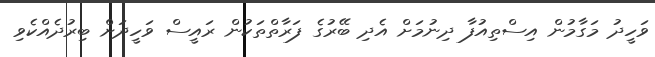
ވަހީދު މަގާމުން އިސްތިއުފާ ދިނުމަށް އެދި ބޭރުގެ ފަރާތްތަކުން ރައީސް ވަހީދަށް ބިރުދެއްކެވި